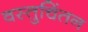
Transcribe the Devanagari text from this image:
वस्तुचिंतन